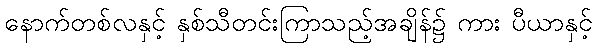
နောက်တစ်လနှင့် နှစ်သီတင်းကြာသည့်အချိန်၌ ကား ပီယာနှင့်